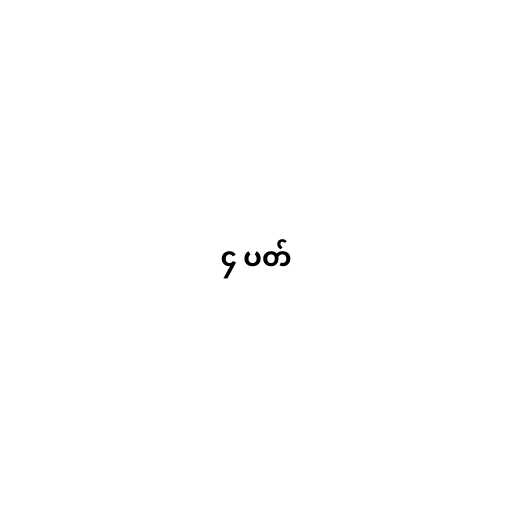
၄ ပတ်